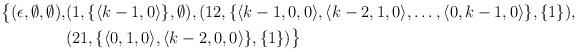
LaTeX: \begin{align*}\big\{ (\epsilon, \emptyset, \emptyset), &(1, \{\langle k-1,0\rangle \}, \emptyset), (12, \{\langle k-1,0,0 \rangle, \langle k-2,1,0 \rangle, \dotsc, \langle 0,k-1,0 \rangle \}, \{1\}),\\ & (21, \{ \langle 0,1,0 \rangle, \langle k-2,0,0\rangle \}, \{1\}) \big\} \\\end{align*}